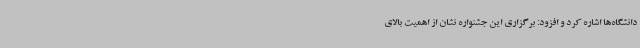
دانشگاه‌ها اشاره کرد و افزود: برگزاری این جشنواره نشان از اهمیت بالای